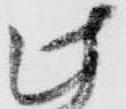
此